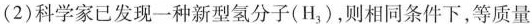
(2)科学家已发现一种新型氢分子(H_{3})，则相同条件下，等质量